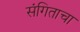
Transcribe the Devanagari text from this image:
संगिताचा